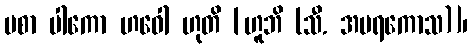
ပစာ ပါကော ဟဝေါ ဟုတိ [ဟူဘိ (သီ. အမရကောသ)]၊